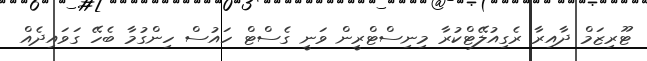
ޓޫރިޒަމް ދާއިރާ ރެގިއުލޭޓްކުރާ މިނިސްޓްރީން ވަނީ ގެސްޓް ހައުސް ހިންގުމާ ބެހޭ ގަވައިދެއް